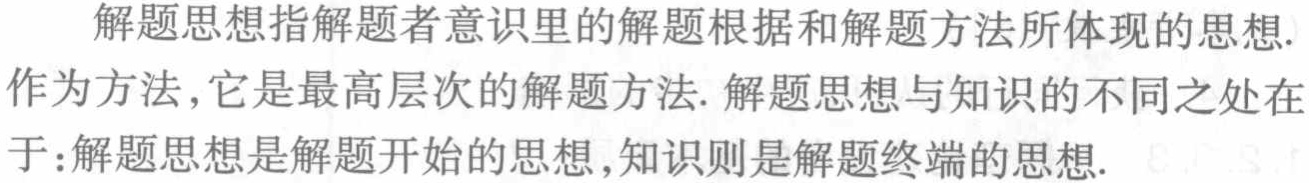
解题思想指解题者意识里的解题根据和解题方法所体现的思想.作为方法, 它是最高层次的解题方法. 解题思想与知识的不同之处在于:解题思想是解题开始的思想,知识则是解题终端的思想.